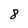
Character: 8